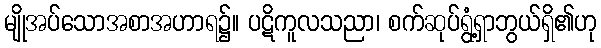
မျိုအပ်သောအစာအဟာရ၌။ ပဋိကူလသညာ၊ စက်ဆုပ်ရွံ့ရှာဘွယ်ရှိ၏ဟု